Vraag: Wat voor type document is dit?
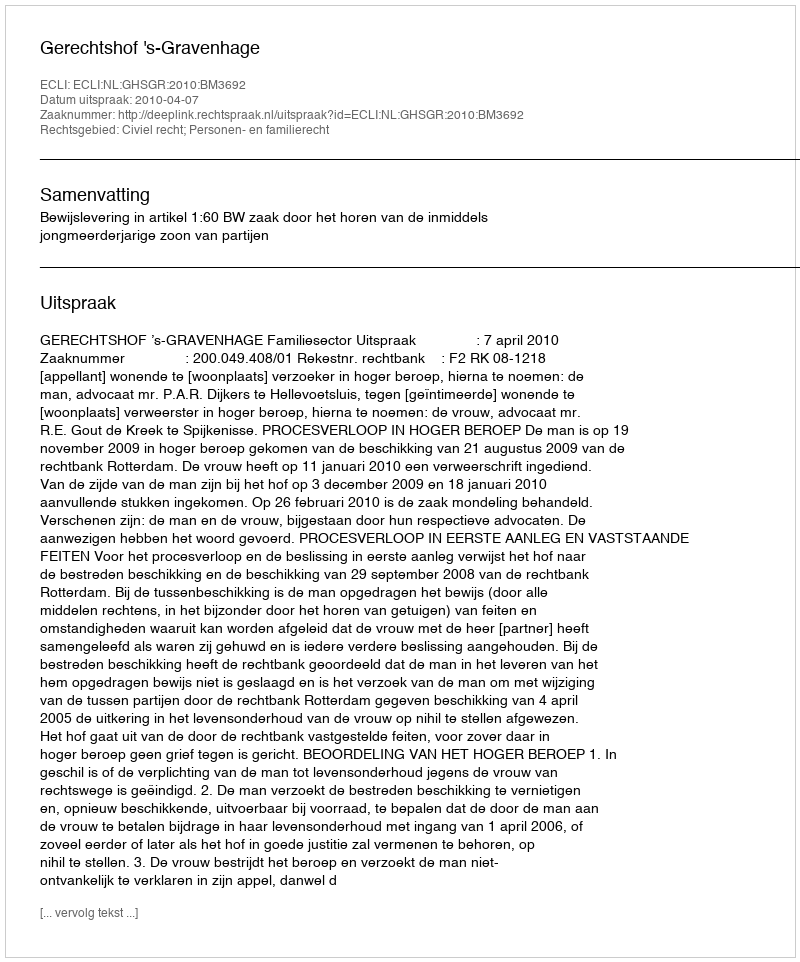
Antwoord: Uitspraak